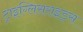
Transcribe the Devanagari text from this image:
ट्राइग्लिसराइड्स